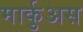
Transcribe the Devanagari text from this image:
मार्कुअस